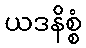
ယဒနိစ္စံ